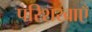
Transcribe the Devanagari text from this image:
परिशखाएँ